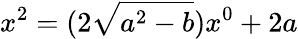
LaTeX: x^{2}=(2{\sqrt{a^{2}-b}})x^{0}+2a